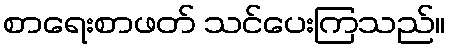
စာရေးစာဖတ် သင်ပေးကြသည်။